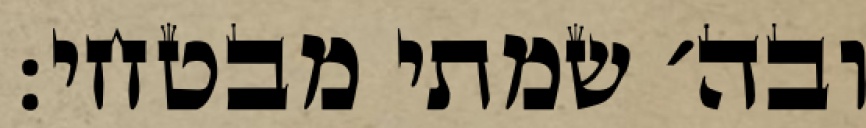
ובה׳ שמתי מבטחי: